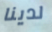
لدينا